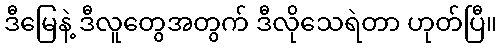
ဒီမြေနဲ့ ဒီလူတွေအတွက် ဒီလိုသေရဲတာ ဟုတ်ပြီ။